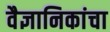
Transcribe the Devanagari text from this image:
वैज्ञानिकांचा